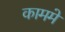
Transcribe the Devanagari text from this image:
काममे